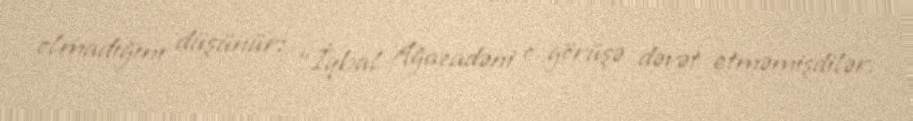
olmadığını düşünür: “İqbal Ağazadəni o görüşə dəvət etməmişdilər.